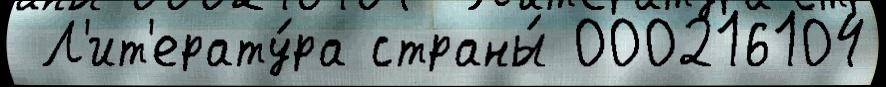
 Л'ит'ерату́ра страны́ 000216104